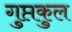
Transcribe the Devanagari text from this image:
गुप्तकुल